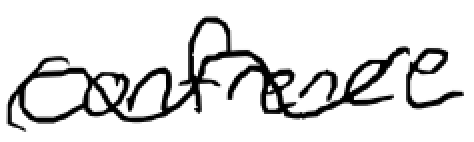
Text: Conference
Cross-out: wave
Writing tool: digital_black